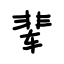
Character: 辈